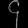
Digit: ၄